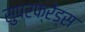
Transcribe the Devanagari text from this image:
सुपरफ्रेंड्स